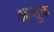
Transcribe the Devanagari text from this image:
आशुक